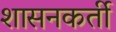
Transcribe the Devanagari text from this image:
शासनकर्ती